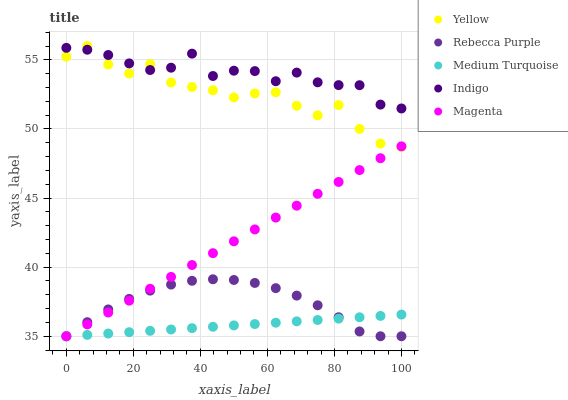
| xaxis_label | Yellow | Rebecca Purple | Medium Turquoise | Indigo | Magenta |
 | --- | --- | --- | --- | --- | --- |
 | 0 | 55.2 | 35 | 35 | 55.9 | 35 |
 | 6.25 | 56 | 36 | 35.1 | 55.7 | 35.9 |
 | 12.5 | 54.7 | 36.9 | 35.2 | 55.3 | 36.7 |
 | 18.8 | 54 | 37.7 | 35.3 | 54.7 | 37.6 |
 | 25 | 54.7 | 38.3 | 35.4 | 54.3 | 38.4 |
 | 31.2 | 53.4 | 38.7 | 35.5 | 54.4 | 39.3 |
 | 37.5 | 53 | 39 | 35.6 | 55.4 | 40.2 |
 | 43.8 | 52.8 | 39.1 | 35.7 | 53.8 | 41 |
 | 50 | 52.3 | 39.1 | 35.8 | 54.2 | 41.9 |
 | 56.2 | 52.6 | 38.9 | 35.9 | 54.2 | 42.7 |
 | 62.5 | 52.6 | 38.5 | 36 | 53.5 | 43.6 |
 | 68.8 | 51.7 | 37.9 | 36.1 | 54.1 | 44.4 |
 | 75 | 51 | 37.2 | 36.2 | 53.4 | 45.3 |
 | 81.2 | 51.7 | 36.4 | 36.3 | 53.2 | 46.2 |
 | 87.5 | 50 | 35.3 | 36.4 | 53.2 | 47 |
 | 93.8 | 48.9 | 35 | 36.5 | 51.8 | 47.9 |
 | 100 | 48.7 | 35 | 36.6 | 51.5 | 48.7 |